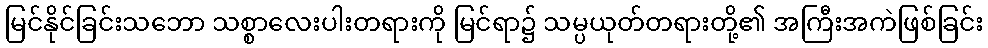
မြင်နိုင်ခြင်းသဘော သစ္စာလေးပါးတရားကို မြင်ရာ၌ သမ္ပယုတ်တရားတို့၏ အကြီးအကဲဖြစ်ခြင်း